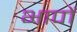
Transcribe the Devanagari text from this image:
भापों